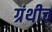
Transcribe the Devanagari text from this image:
ग्रंथीच